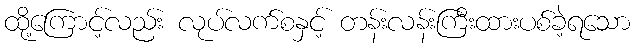
ထို့ကြောင့်လည်း လုပ်လက်စနှင့် တန်းလန်းကြီးထားပစ်ခဲ့ရသော